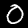
Label: 0